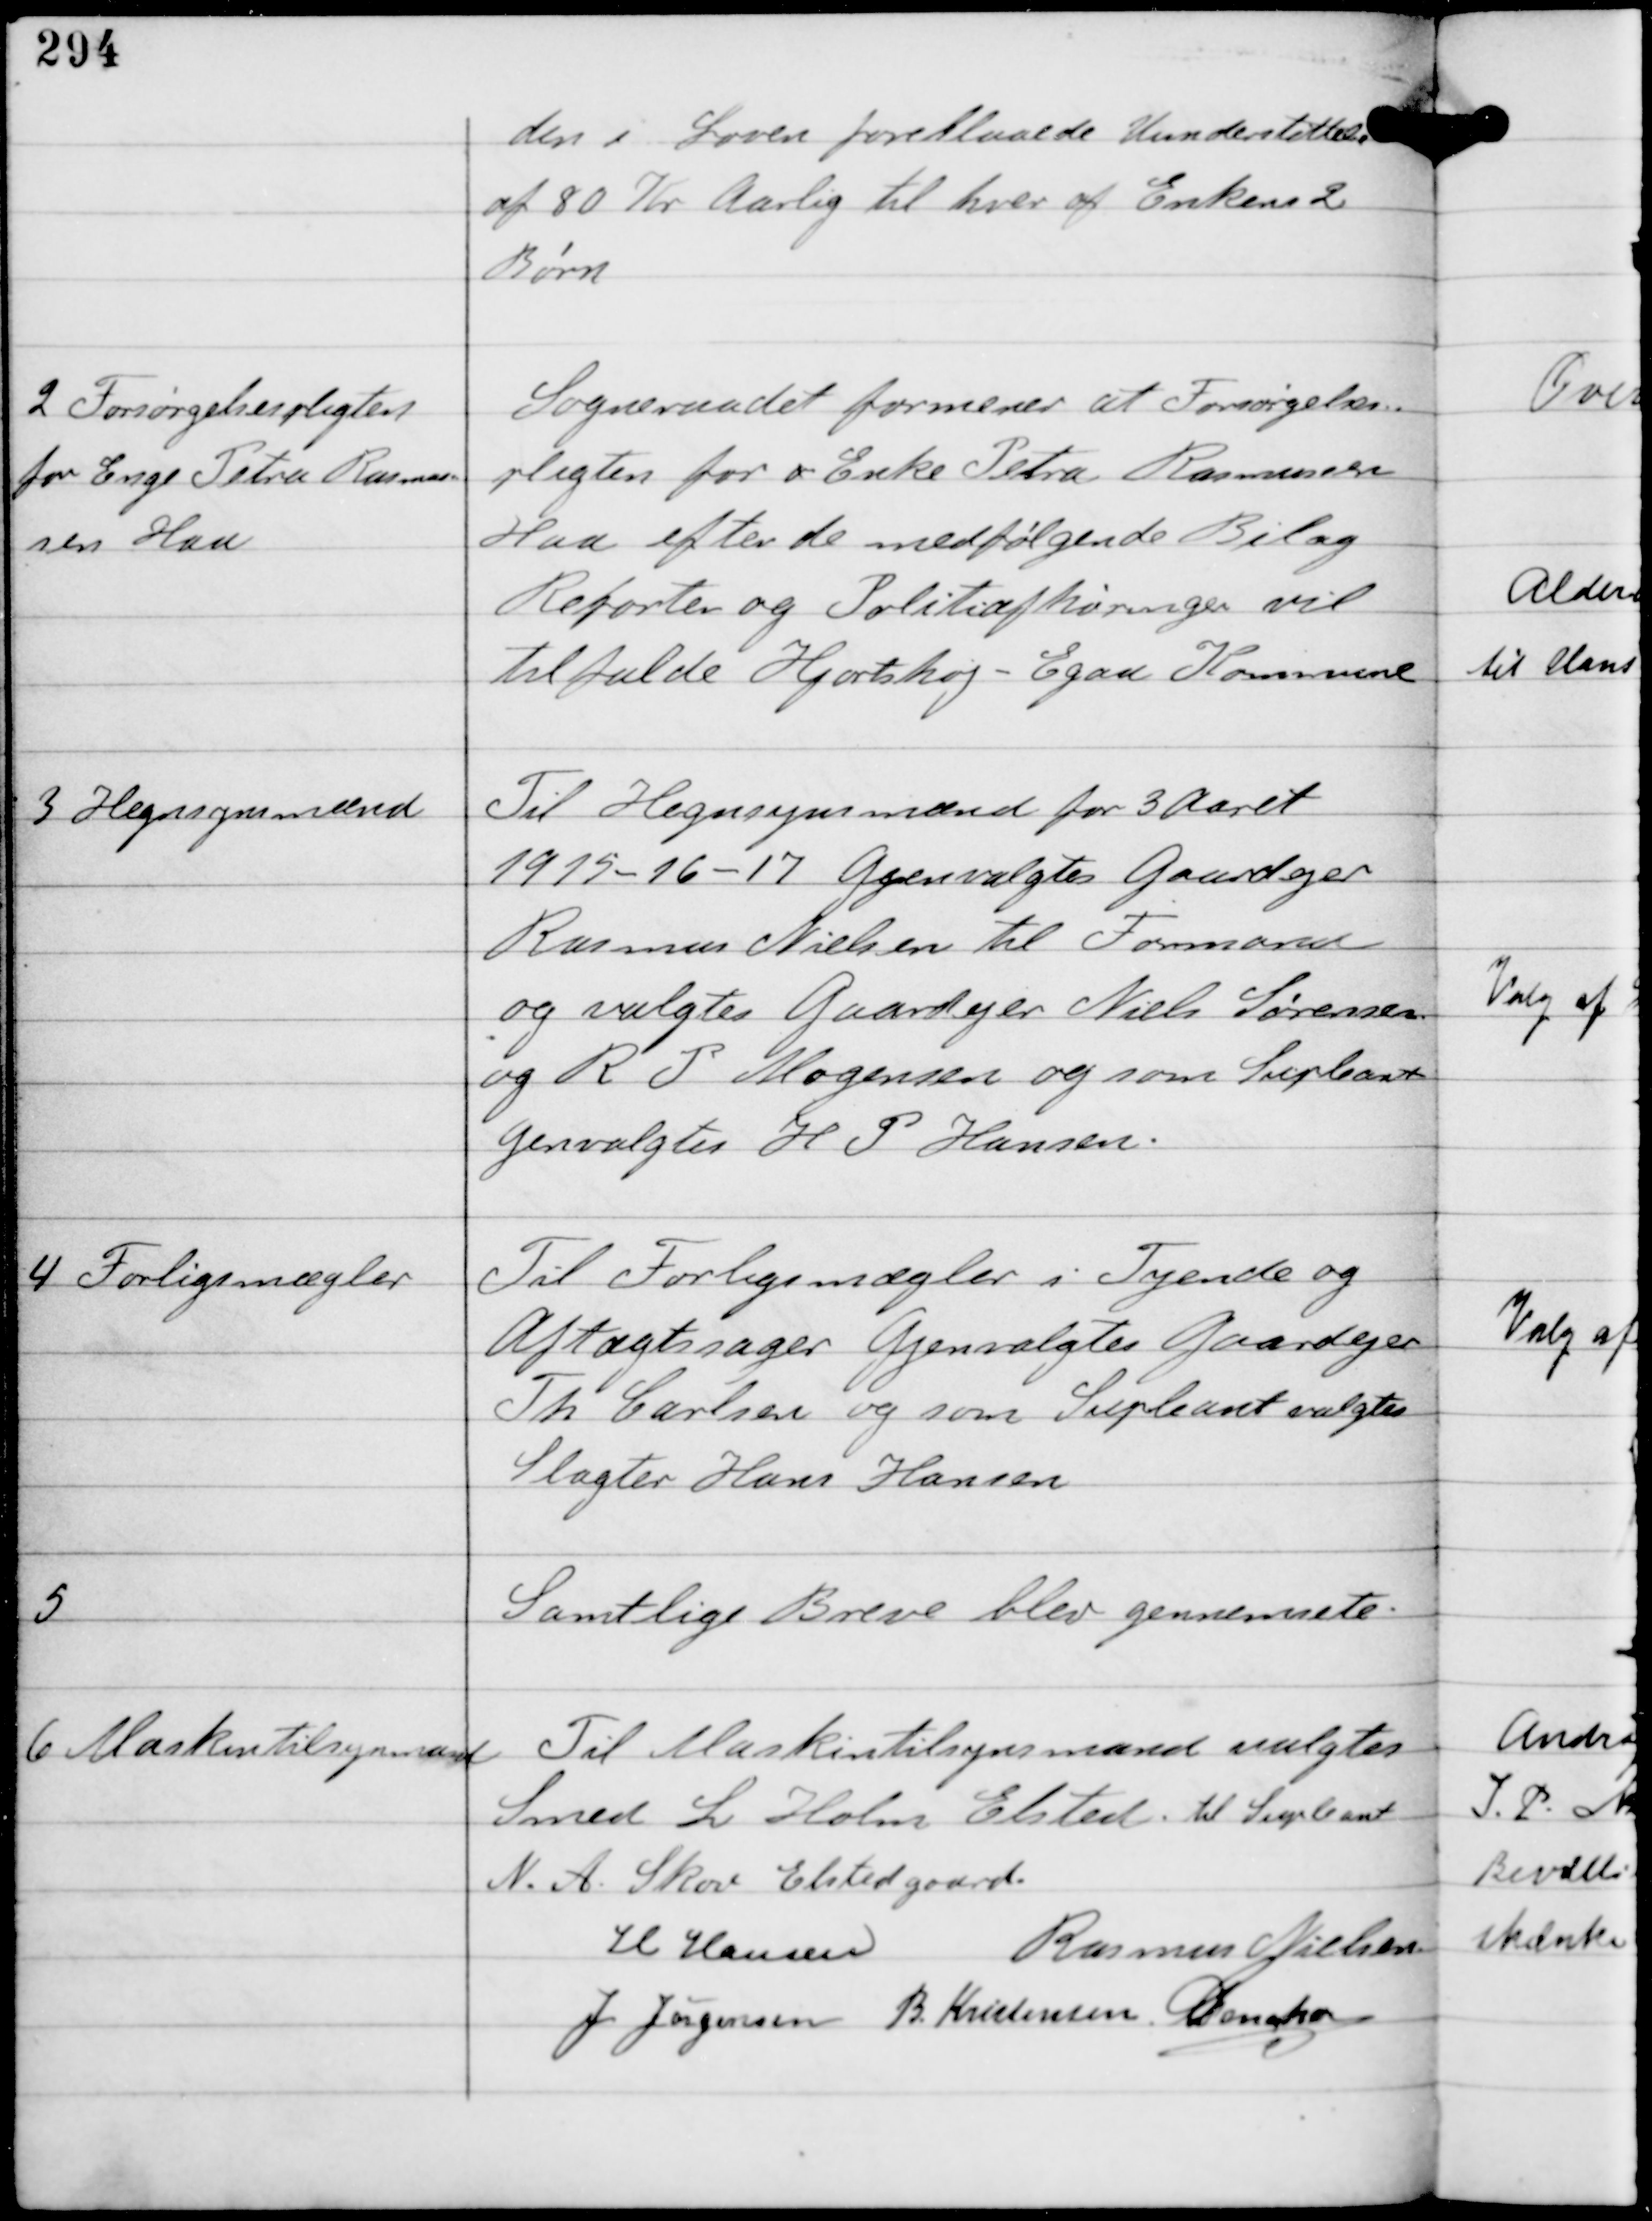
Transskription:
den i Loven foreslaaede Understøttelse
af 80 Kr Aarlig til hver af Enkens 2
Børn

2
Forsørgelsespligten
for Enge Petra Rasmus-
sen Hau

Sogneraadet formener at Forsørgelses-
pligten for o Enke Petra Rasmussen
Hau efter de medfølgende Bilag
Reporten og Politiafhøringen vil
tilfalde Hjortshøj - Egaa Kommune

3

Hegnsynsmænd

Til Hegnsynsmænd for 3 Aaret
1915-16-17 Gjenvalgtes Gaardejer
Rasmus Nielsen til Formand
og valgtes Gaardejer Niels Sørensen
og R P Mogensen og som Supleant
genvalgtes H P Hansen.

4

Forligsmægler

Til Forligsmægler i Tyende og
Aftægtssager Gjenvalgtes Gaardejer
Th Carlsen og som Supleant valgtes
Slagter Hans Hansen

5

Samtlige Breve blev gennemsete.

6

Maskintilsynsmand

Til Maskintilsynsmand valgtes
Smed L Holm Elsted til Supleant
N. A. Skov Elstedgaard.

H Hansen Rasmus Nielsen
J Jørgensen B Kristensen C Dencker